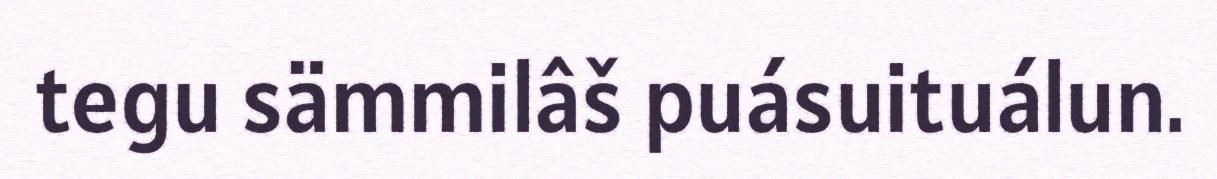
tegu sämmilâš puásuituálun.